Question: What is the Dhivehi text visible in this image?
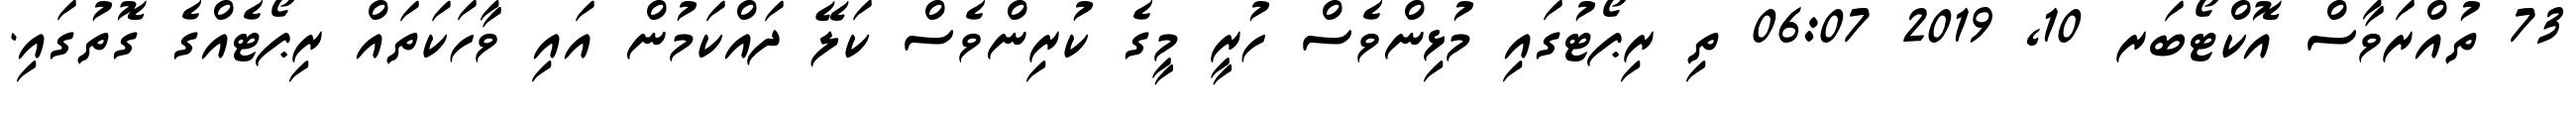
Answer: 73 ތުއްރަވާސް އޮކްޓޯބަރ 10, 2019 06:07 ތި ރިޕޯޓުގައި މުޅިންވެސް ހުރީ މީގެ ކުރިންވެސް ކަލޭ ދައްކަމުން އައި ވާހަކަތައް ރިޕޯޓެއްގެ ގޮތުގައި.